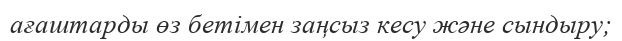
ағаштарды өз бетiмен заңсыз кесу және сындыру;